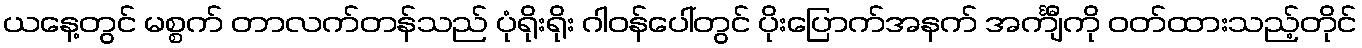
ယနေ့တွင် မစ္စက် တာလက်တန်သည် ပုံရိုးရိုး ဂါဝန်ပေါ်တွင် ပိုးပြောက်အနက် အင်္ကျီကို ဝတ်ထားသည့်တိုင်